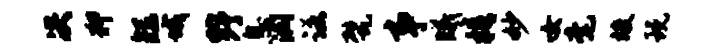
决狎矩城野息润诺甓事曦梧妙女毫竣玩